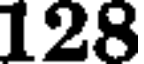
128